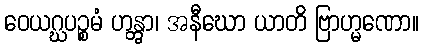
ဝေယဂ္ဃပဉ္စမံ ဟန္တွာ၊ အနီဃော ယာတိ ဗြာဟ္မဏော။